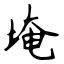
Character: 埯